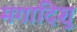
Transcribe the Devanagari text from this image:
मगादिशु